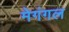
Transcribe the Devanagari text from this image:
मेगंगल